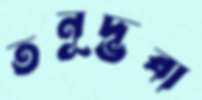
তনূদ্ভবা